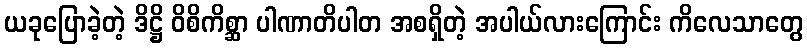
ယခုပြောခဲ့တဲ့ ဒိဋ္ဌိ ဝိစိကိစ္ဆာ ပါဏာတိပါတ အစရှိတဲ့ အပါယ်လားကြောင်း ကိလေသာတွေ